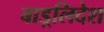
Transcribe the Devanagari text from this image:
बाड़्लिदेश